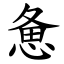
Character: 惫